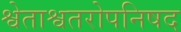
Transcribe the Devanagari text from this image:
श्वेताश्वतरोपनिषद